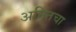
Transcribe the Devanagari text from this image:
अमितचा